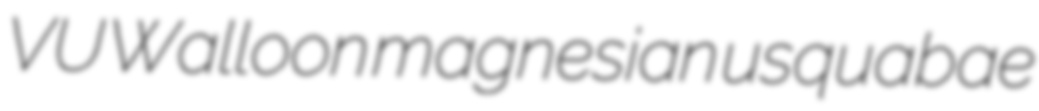
VU Walloon magnesian usquabae